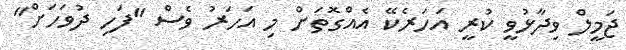
ޖަމީލް ވިދާޅުވީ ކުރީ އަހަރެކޭ އެއްގޮތަށް މި އަހަރު ވެސް "ފަހި ދުވަހަށް"